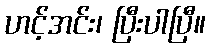
ဟင့်အင်း၊ ပြီးပါပြီ။